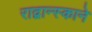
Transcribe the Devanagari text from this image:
राद्वान्स्काने